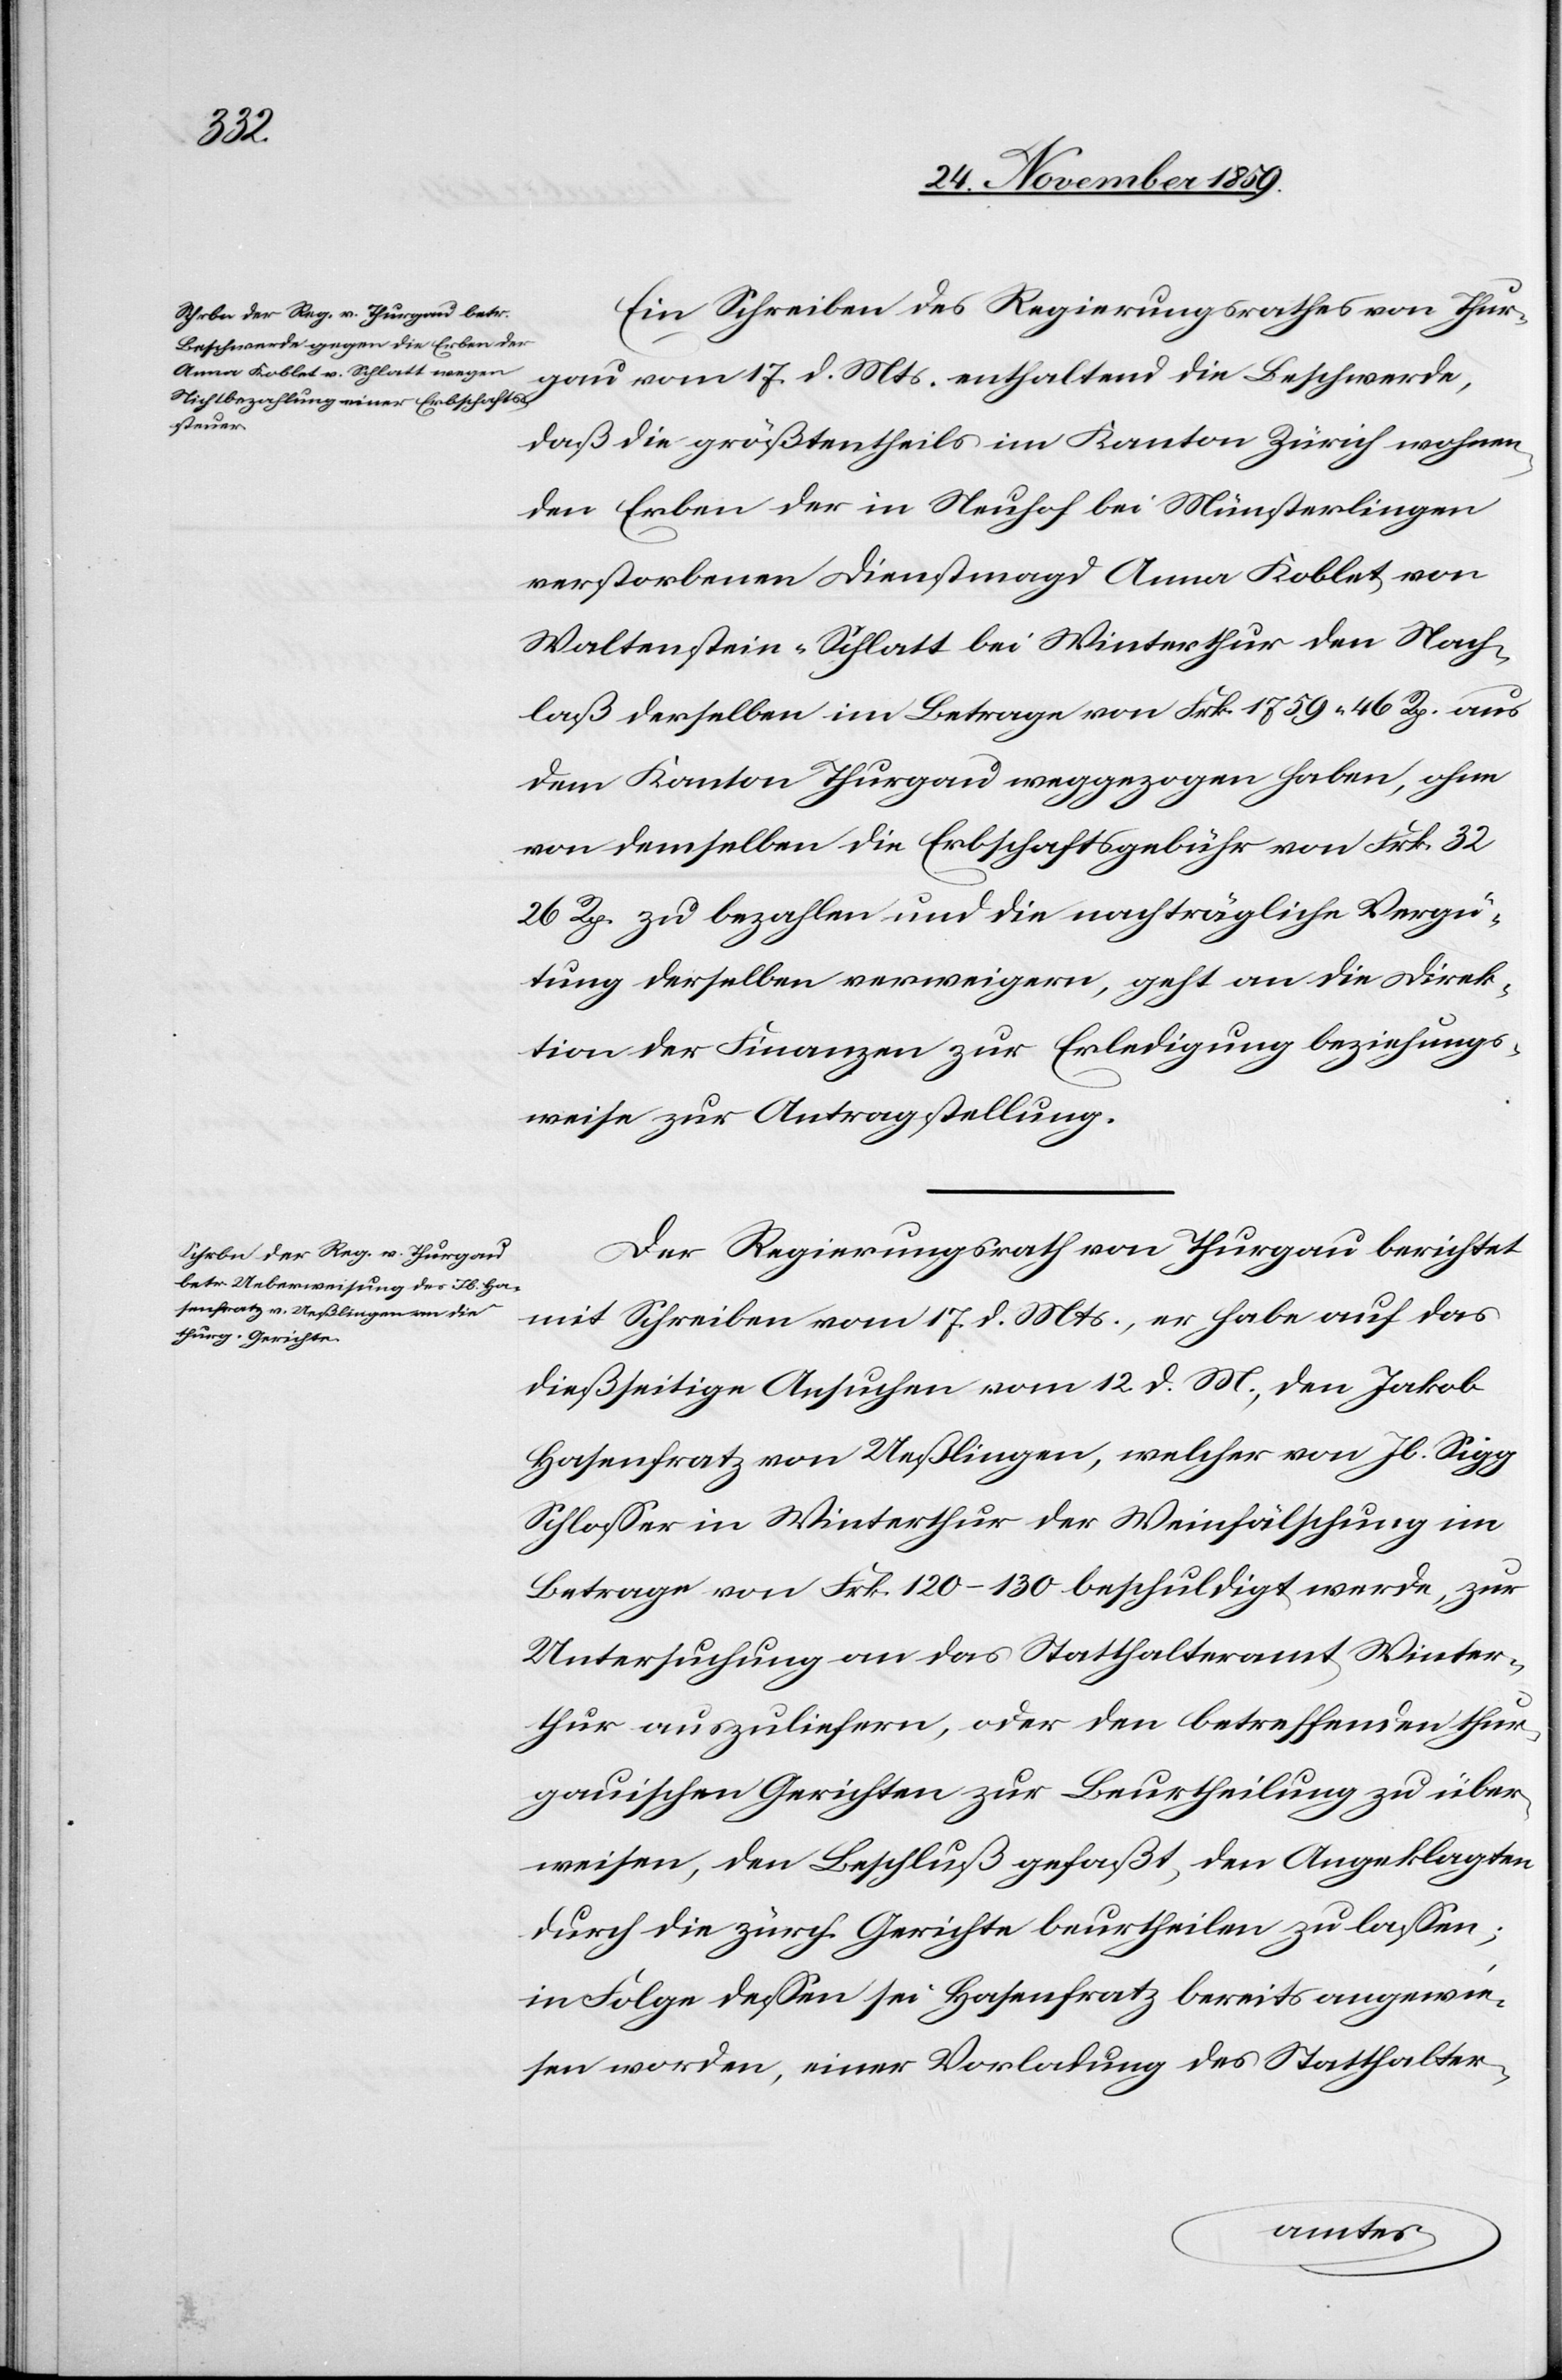
Ein Schreiben des Regierungsrathes von Thur¬
gau vom 17. d. Mts. enthaltend die Beschwerde,
daß die größtentheils im Kanton Zürich wohnen¬
den Erben der in Neuhof bei Münsterlingen
verstorbenen Dienstmagd Anna Koblet von
Waltenstein-Schlatt bei Winterthur den Nach¬
laß derselben im Betrage von Frk. 1759 46 Rp. aus
dem Kanton Thurgau weggezogen haben, ohne
von demselben die Erbschaftsgebühr von Frk. 32
26 Rp. zu bezahlen und die nachträgliche Vergü¬
tung derselben verweigern, geht an die Direk¬
tion der Finanzen zur Erledigung beziehungs¬
weise zur Antragstellung.
Der Regierungsrath von Thurgau berichtet
mit Schreiben vom 17. d. Mts., er habe auf das
dießseitige Ansuchen vom 12. d. M., den Jakob
Hasenfratz von Ueßlingen, welcher von Jb. Sigg
Schlosser in Winterthur der Weinfälschung im
Betrage von Frk. 120–130 beschuldigt werde, zur
Untersuchung an das Statthalteramt Winter¬
thur auszuliefern, oder den betreffenden thur¬
gauischen Gerichten zur Beurtheilung zu über¬
weisen, den Beschluß gefaßt, den Angeklagten
durch die zürch. Gerichte beurtheilen zu lassen;
in Folge dessen sei Hasenfratz bereits angewie¬
sen worden, einer Vorladung des Statthalter-